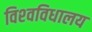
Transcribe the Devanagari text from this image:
विश्‍वविधालय